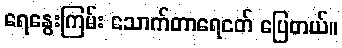
ရေနွေးကြမ်း သောက်တာရေငတ် ပြေတယ်။